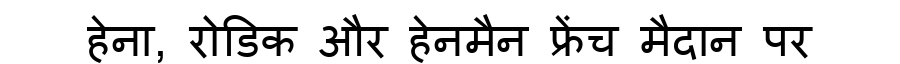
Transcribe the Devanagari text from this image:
हेना, रोडिक और हेनमैन फ्रेंच मैदान पर